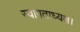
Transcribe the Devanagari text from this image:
स्वागताध्यक्ष।